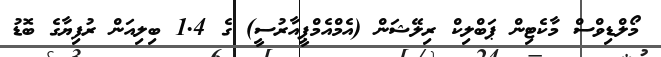
މޯލްޑިވްސް މާކެޓިން ޕަބްލިކް ރިލޭޝަން (އެމްއެމްޕީއާރުސީ) ގެ 1.4 ބިލިއަން ރުފިޔާގެ ބޮޑު